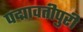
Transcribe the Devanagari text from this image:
पद्मावतीपुरी